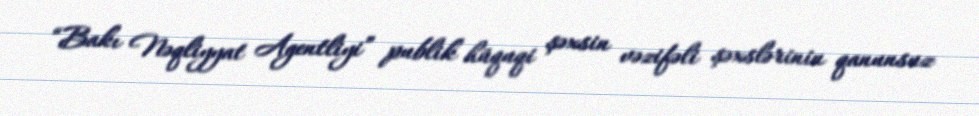
“Bakı Nəqliyyat Agentliyi” publik hüquqi şəxsin vəzifəli şəxslərinin qanunsuz